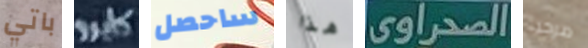
باتي كايرو ساحصل هذا الصحراوى مرحبا